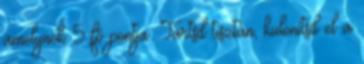
amelynek 5 fő pontja: Tartsd tisztán, különítsd el a